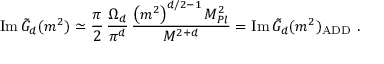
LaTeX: \mathrm { I m } \, \tilde { G } _ { d } ( m ^ { 2 } ) \simeq \frac { \pi } { 2 } \, \frac { \Omega _ { d } } { \pi ^ { d } } \, \frac { \left( m ^ { 2 } \right) ^ { d / 2 - 1 } M _ { P l } ^ { 2 } } { M ^ { 2 + d } } = \mathrm { I m } \, \tilde { G } _ { d } ( m ^ { 2 } ) _ { \mathrm { A D D } } \ .